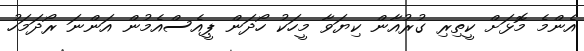
އެންމެ މޮޅަށް ކީތިރި ގުރުއާން ކިޔަވާ މީހަކު ހޯދަން ޕީއެސްއެމުން އަންނަ ރޯދަމަހު